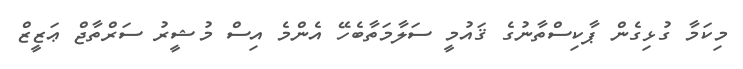
މިކަމާ ގުޅިގެން ޕާކިސްތާނުގެ ޤައުމީ ސަލާމަތާބެހޭ އެންމެ އިސް މުޝީރު ސަރްތާޖް ޢަޒީޒް